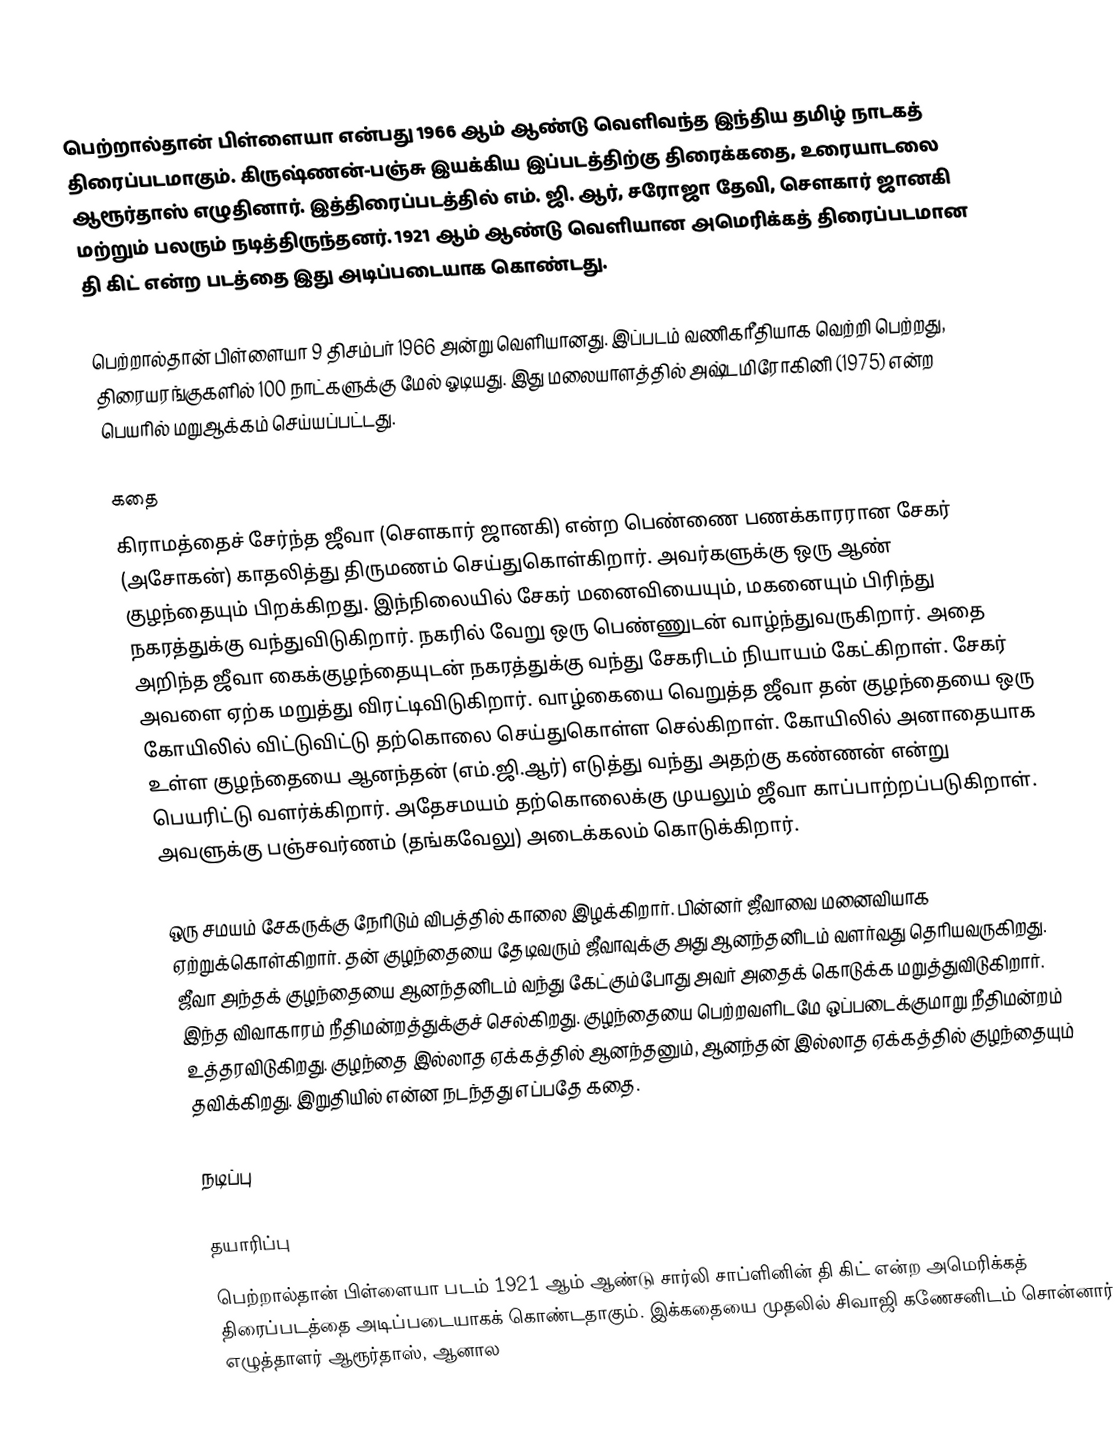
பெற்றால்தான் பிள்ளையா என்பது  1966 ஆம் ஆண்டு வெளிவந்த இந்திய தமிழ் நாடகத் திரைப்படமாகும். கிருஷ்ணன்-பஞ்சு இயக்கிய இப்படத்திற்கு திரைக்கதை, உரையாடலை ஆரூர்தாஸ் எழுதினார். இத்திரைப்படத்தில் எம். ஜி. ஆர், சரோஜா தேவி, சௌகார் ஜானகி மற்றும் பலரும் நடித்திருந்தனர். 1921 ஆம் ஆண்டு வெளியான அமெரிக்கத் திரைப்படமான தி கிட் என்ற படத்தை இது அடிப்படையாக கொண்டது.

பெற்றால்தான் பிள்ளையா 9 திசம்பர் 1966 அன்று வெளியானது. இப்படம் வணிகரீதியாக வெற்றி பெற்றது, திரையரங்குகளில் 100 நாட்களுக்கு மேல் ஓடியது. இது மலையாளத்தில் அஷ்டமிரோகினி (1975) என்ற பெயரில் மறுஆக்கம் செய்யப்பட்டது.

கதை
கிராமத்தைச் சேர்ந்த ஜீவா (சௌகார் ஜானகி) என்ற பெண்ணை பணக்காரரான சேகர் (அசோகன்) காதலித்து திருமணம் செய்துகொள்கிறார். அவர்களுக்கு ஒரு ஆண் குழந்தையும் பிறக்கிறது. இந்நிலையில் சேகர் மனைவியையும், மகனையும் பிரிந்து நகரத்துக்கு வந்துவிடுகிறார். நகரில் வேறு ஒரு பெண்ணுடன் வாழ்ந்துவருகிறார். அதை அறிந்த ஜீவா கைக்குழந்தையுடன் நகரத்துக்கு வந்து சேகரிடம் நியாயம் கேட்கிறாள். சேகர் அவளை ஏற்க மறுத்து விரட்டிவிடுகிறார். வாழ்கையை வெறுத்த ஜீவா தன் குழந்தையை ஒரு கோயிலி்ல் விட்டுவிட்டு தற்கொலை செய்துகொள்ள செல்கிறாள். கோயிலில் அனாதையாக உள்ள குழந்தையை ஆனந்தன் (எம்.ஜி.ஆர்) எடுத்து வந்து அதற்கு கண்ணன் என்று பெயரிட்டு வளர்க்கிறார். அதேசமயம் தற்கொலைக்கு முயலும் ஜீவா காப்பாற்றப்படுகிறாள். அவளுக்கு பஞ்சவர்ணம் (தங்கவேலு) அடைக்கலம் கொடுக்கிறார்.

ஒரு சமயம் சேகருக்கு நேரிடும் விபத்தில் காலை இழக்கிறார். பின்னர் ஜீவாவை மனைவியாக ஏற்றுக்கொள்கிறார். தன் குழந்தையை தேடிவரும் ஜீவாவுக்கு அது ஆனந்தனிடம் வளர்வது தெரியவருகிறது. ஜீவா அந்தக் குழந்தையை ஆனந்தனிடம் வந்து கேட்கும்போது அவர் அதைக் கொடுக்க மறுத்துவிடுகிறார். இந்த விவாகாரம் நீதிமன்றத்துக்குச் செல்கிறது. குழந்தையை பெற்றவளிடமே ஒப்படைக்குமாறு நீதிமன்றம் உத்தரவிடுகிறது. குழந்தை இல்லாத ஏக்கத்தில் ஆனந்தனும், ஆனந்தன் இல்லாத ஏக்கத்தில் குழந்தையும் தவிக்கிறது. இறுதியில் என்ன நடந்தது எப்பதே கதை.

நடிப்பு

தயாரிப்பு
பெற்றால்தான் பிள்ளையா படம் 1921 ஆம் ஆண்டு சார்லி சாப்ளினின் தி கிட் என்ற அமெரிக்கத் திரைப்படத்தை அடிப்படையாகக் கொண்டதாகும். இக்கதையை முதலில் சிவாஜி கணேசனிடம் சொன்னார் எழுத்தாளர் ஆரூர்தாஸ், ஆனால